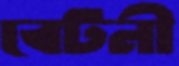
বেটনী